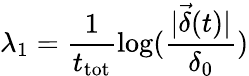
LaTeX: \lambda_{1}=\frac{1}{t_{\mathrm{tot}}}\log(\frac{|\vec{\delta}(t)|}{\delta_{0}})